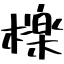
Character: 檪